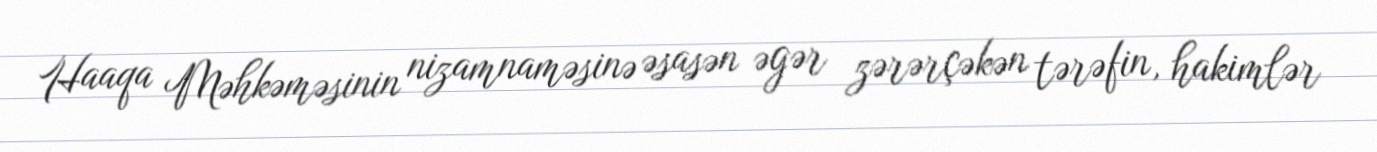
Haaqa Məhkəməsinin nizamnaməsinə əsasən əgər zərərçəkən tərəfin, hakimlər